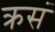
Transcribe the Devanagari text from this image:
क्रसं